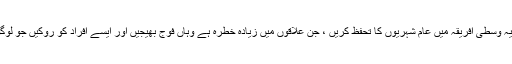
وقت کا تقاضہ ہے کہ امن کے ذمہ داران جمہوریہ وسطی افریقہ میں عام شہریوں کا تحفظ کریں ، جن علاقوں میں زیادہ خطرہ ہے وہاں فوج بھیجیں اور ایسے افراد کو روکیں جو لوگوں کو وہاں سے بھاگنے پر مجبور کر رہے ہیں۔